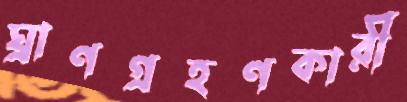
ঘ্রাণগ্রহণকারী